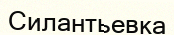
Силантьевка